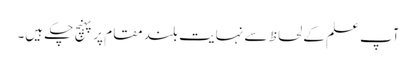
آپ علم کے لحاظ سے نہایت بلند مقام پر پہنچ چکے ہیں۔